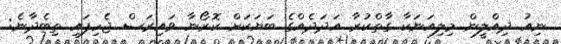
ނިއު ދިއްލީން މިލިއަނަކާ ގާތްކުރާ އަދަދެއްގެ ބަޔަކަށް ކޮރޯނާ ވައިރަސް ޖެހިފައި ތިބެދާނެ: